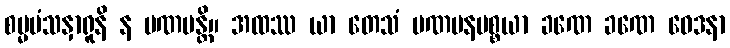
စမ္မမံသနှာရူနိ န ပဏမန္တိ။ အထဿ ယာ တေသံ ပဏမနပစ္စယာ ခဏေ ခဏေ ဝေဒနာ